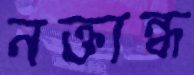
নক্তান্ধ